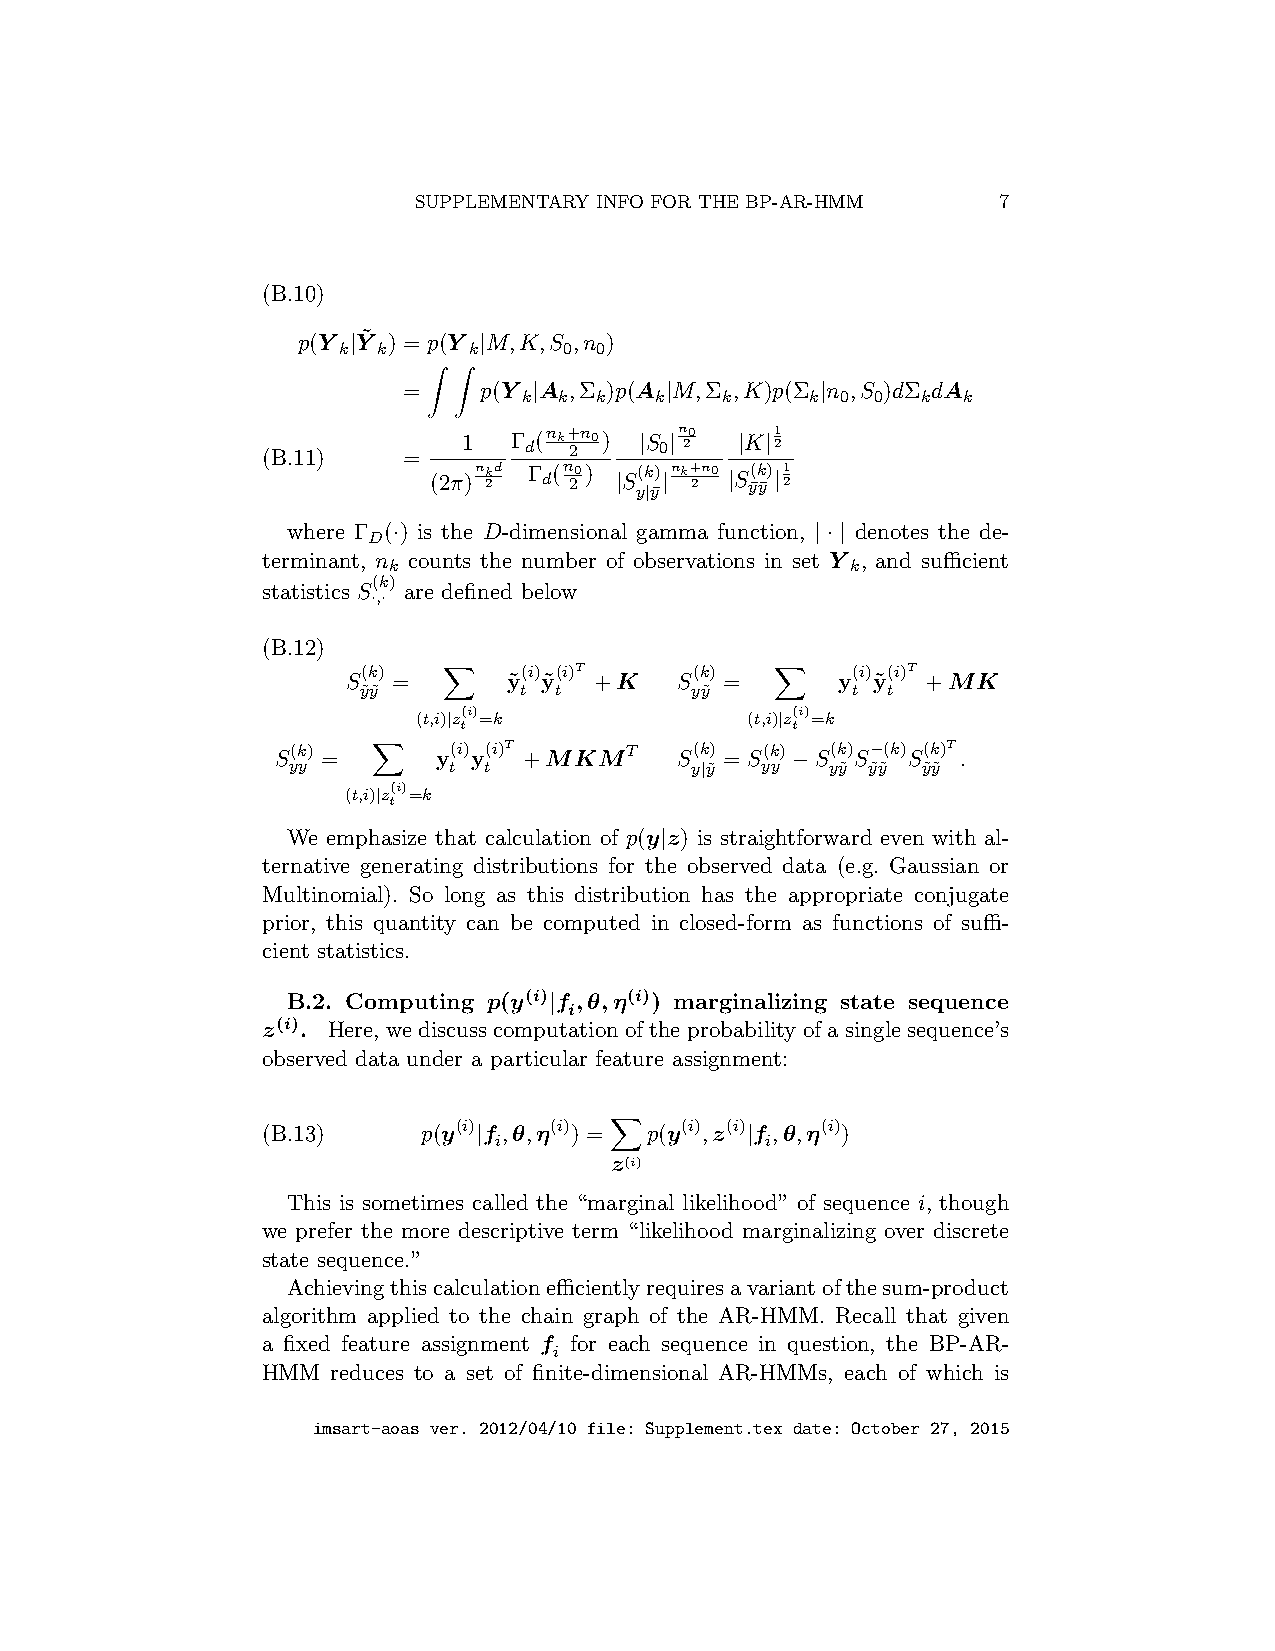
SUPPLEMENTARY INFO FOR THE BP-AR-HMM   7
 (B.10)
 p(Y |Y˜ ) = p(Y |M,K,S ,n )
 k  k     k     0 0
 =    p(Y |A ,Σ )p(A |M,Σ ,K)p(Σ |n ,S )dΣ dA
 k k k   k    k     k 0 0  k  k
 Z Z
 (B.11)    =
 1  Γ d(nk+ 2n0) |S 0|n 20 |K|21
 (2π)nk 2d Γ d(n 20) |S y(k |y¯) |nk+ 2n0 |S y¯(k y¯) |21
 where Γ (·) is the D-dimensional gamma function, |·| denotes the de-
 D
 terminant, n counts the number of observations in set Y , and sufficient
 k                             k
 (k)
 statistics S are defined below
 ·,·
 (B.12)
 (k)       (i) (i)T    (k)       (i) (i)T
 S  =       y˜ y˜ +K   S  =      y  y˜ +MK
 y˜y˜      t  t        yy˜       t  t
 (t,i)X|z(i)=k        (t,i)X|z(i)=k
 t                     t
 S(k) =     y(i) y(i)T +MKMT S(k) = S(k)−S(k) S−(k) S(k)T .
 yy         t t             y|y˜ yy  yy˜ y˜y˜ y˜y˜
 (t,i)X|z(i)=k
 t
 We emphasize that calculation of p(y|z) is straightforward even with al-
 ternative generating distributions for the observed data (e.g. Gaussian or
 Multinomial). So long as this distribution has the appropriate conjugate
 prior, this quantity can be computed in closed-form as functions of suffi-
 cient statistics.
 B.2. Computing
 p(y(i)|f i,θ,η(i))
 marginalizing state sequence
 z(i).
 Here, we discuss computation of the probability of a single sequence’s
 observed data under a particular feature assignment:
 (B.13)     p(y(i)|f ,θ,η(i)) = p(y(i),z(i)|f ,θ,η(i))
 i                 i
 z(i)
 X
 This is sometimes called the “marginal likelihood” of sequence i, though
 we prefer the more descriptive term “likelihood marginalizing over discrete
 state sequence.”
 Achievingthiscalculationefficientlyrequiresavariantofthesum-product
 algorithm applied to the chain graph of the AR-HMM. Recall that given
 a fixed feature assignment f for each sequence in question, the BP-AR-
 i
 HMM  reduces to a set of finite-dimensional AR-HMMs, each of which is
 imsart-aoas ver. 2012/04/10 file: Supplement.tex date: October 27, 2015